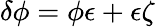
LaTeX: \delta\phi=\phi\epsilon+\epsilon\zeta